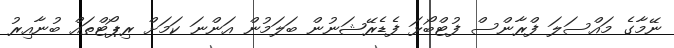
ނޭމާގެ މައްސަލަ ފްރާންސް ފުޓްބޯޅަ ފެޑެރޭޝަނުން ބަލަމުން އަންނަ ކަމަށް ރިޕޯޓްތައް ބުނާއިރު